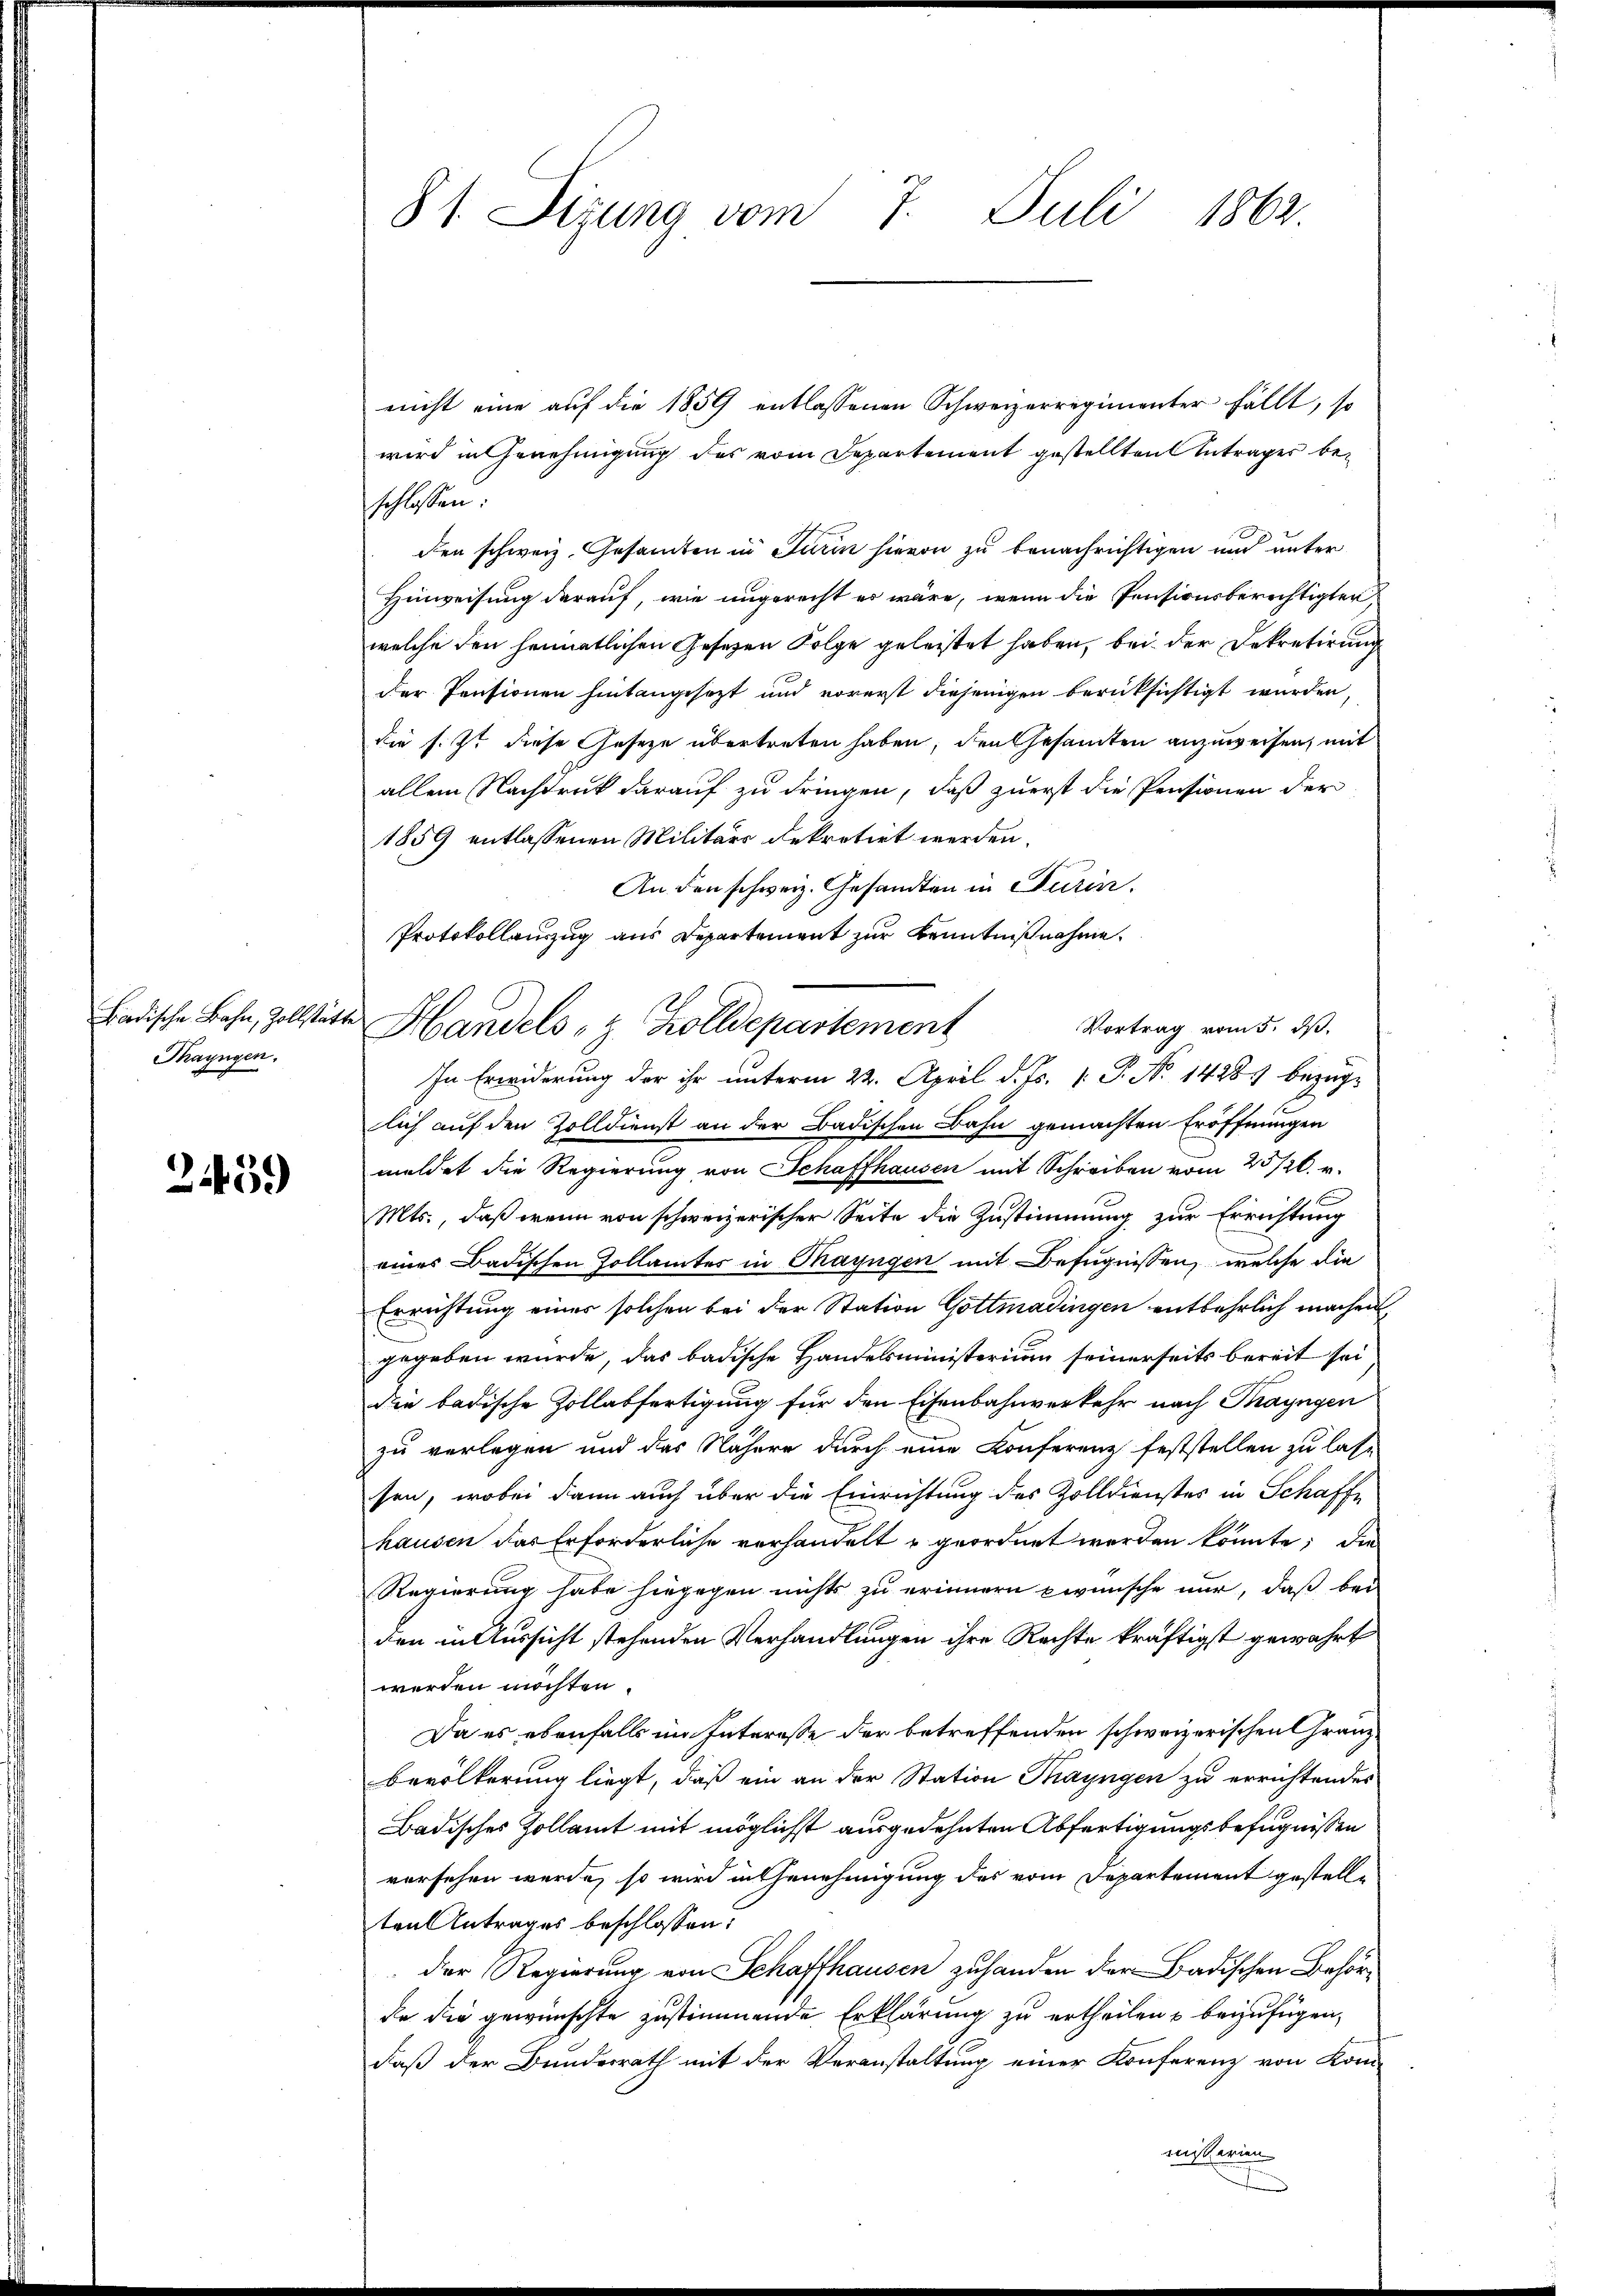
Badische Bahn, Zollstätt
Thayngen.

24459)

81. Sizung vom 7. Juli 1862

nicht eine aŭf die 1859 entlassenen Schweizerregimenter fällt, so
wird in Genehmigung des vom Departement gestellten Antrages beschlossen
den schweiz. Gesamten in Turin hievon zu benachrichtigen und unter
Hinweisung darauf, wie ungerecht es wäre, wenn die Pensionsberechtigten,
welche den heimatlichen Gesetzen Folge geleistet haben, bei der Dekretirung
der Pensionen hintangesezt und vorerst diejenigen berücksichtigt wurden,
die s. Z. diese Geseze übertreten haben, den Gesamten anzuweisen, mit
allein Nachdruck darauf zu dringen, daß zuerst die Pensionen der
1859 entlassenen Militärs dekretirt werden.
An den schweiz. Gesandten in Turin.
Protokollauszug aus Departement zur Kenntnißnahme.
lich auf den Zolldienst an der Badischen Bahn gemachten Eröffnungen
meldet die Regierung von Schaffhausen mit Schreiben vom 25/26. v.
Mts., daß wenn von schweizerischer Seite die Zustimmung zur Errichtung
eines Badischen Zollamtes in Thayngen mit Befugnissen, welche die
Errichtung einer solchen bei der Station Gottmadingen entbehrlich machen
gegeben wurde, das badische Handelsministerium seinerseits bereit sei
die badische Zollabfertigung für den Eisenbahnverkehr nach Thayngen
zu verlegen und das Nähere durch eine Konferenz feststellen zu lasse
sen, wobei dann auch über die Einrichtung des Zolldienstes in Schaffe
hausen das Erforderliche verhandelt u geordnet werden könnte; die
Regierung habe hiegegen nichts zu erinnern wünsche mir, daß bei
den in Aussicht stehenden Verhandlungen ihre Rechte kräftigst gewährt
werden möchten.
Da es ebenfalls im Interesse der betreffenden schweizerischen Granz¬
Bevölkerung liegt, daß ein an der Station Thayngen zu errichtendes
Badisches Zollamt mit möglichst ausgedehnten Abfertigungsbefugnissen
versehen werde, so wird in Genehmigung des vom Departement gestellten Antrages beschlossen:
der Regierung von Schaffhausen zuhanden der Badischen Behörde die gewünschte zustimmende Erklärung zu ertheilen u beizufügen,
daß der Bundesrath mit der Veranstaltung einer Konferenz von Kom-

Vortrag vom 5. ds.
Handels- & Zolldepartement
In Erwiderung der ihr unterm 22. April d. Js. v. P. No 1428 bezüg¬